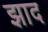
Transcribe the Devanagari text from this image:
झाद